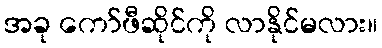
အခု ကော်ဖီဆိုင်ကို လာနိုင်မလား။